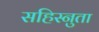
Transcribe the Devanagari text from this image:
सहिस्नुता